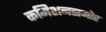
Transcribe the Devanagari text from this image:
कमिशनसमोर